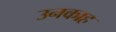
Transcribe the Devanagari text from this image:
उनकाह